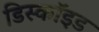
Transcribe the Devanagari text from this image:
डिस्कॉइड